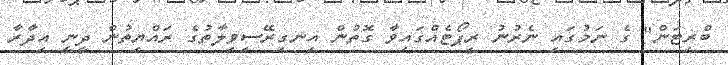
ބްރިޓަން" ގެ ނަމުގައި ނެރުނު ރިޕޯޓެއްގައިވާ ގޮތުން އިނގިރޭސިވިލާތުގެ ރައްޔިތުން ދީނީ އިދާރާ